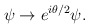
\begin{align*}\psi \rightarrow e^{i \theta/2} \psi.\end{align*}